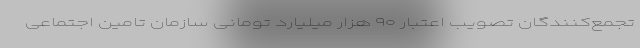
تجمع‌کنندگان تصویب اعتبار ۹۰ هزار میلیارد تومانی سازمان تامین اجتماعی